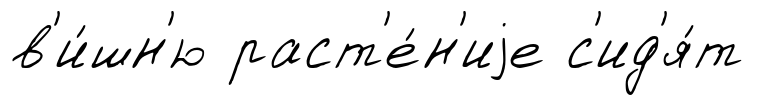
в'и́шн'ю раст'е́н'иjе с'ид'я́т